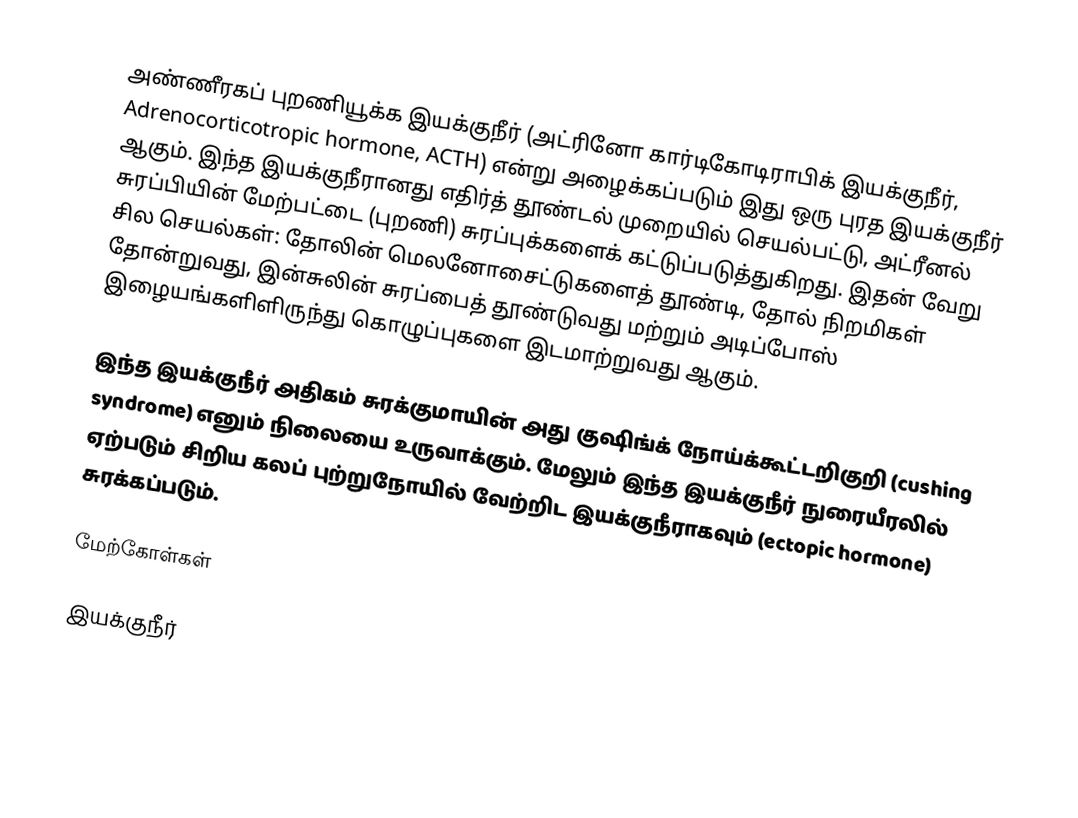
அண்ணீரகப் புறணியூக்க இயக்குநீர் (அட்ரினோ கார்டிகோடிராபிக் இயக்குநீர், Adrenocorticotropic hormone, ACTH) என்று அழைக்கப்படும் இது ஒரு புரத இயக்குநீர் ஆகும். இந்த இயக்குநீரானது எதிர்த் தூண்டல் முறையில் செயல்பட்டு, அட்ரீனல் சுரப்பியின் மேற்பட்டை (புறணி) சுரப்புக்களைக் கட்டுப்படுத்துகிறது. இதன் வேறு சில செயல்கள்: தோலின் மெலனோசைட்டுகளைத் தூண்டி, தோல் நிறமிகள் தோன்றுவது, இன்சுலின் சுரப்பைத் தூண்டுவது மற்றும் அடிப்போஸ் இழையங்களிளிருந்து கொழுப்புகளை இடமாற்றுவது ஆகும்.

இந்த இயக்குநீர் அதிகம் சுரக்குமாயின் அது குஷிங்க் நோய்க்கூட்டறிகுறி (cushing syndrome) எனும் நிலையை உருவாக்கும். மேலும் இந்த இயக்குநீர் நுரையீரலில் ஏற்படும் சிறிய கலப் புற்றுநோயில் வேற்றிட இயக்குநீராகவும் (ectopic hormone) சுரக்கப்படும்.

மேற்கோள்கள்

இயக்குநீர்